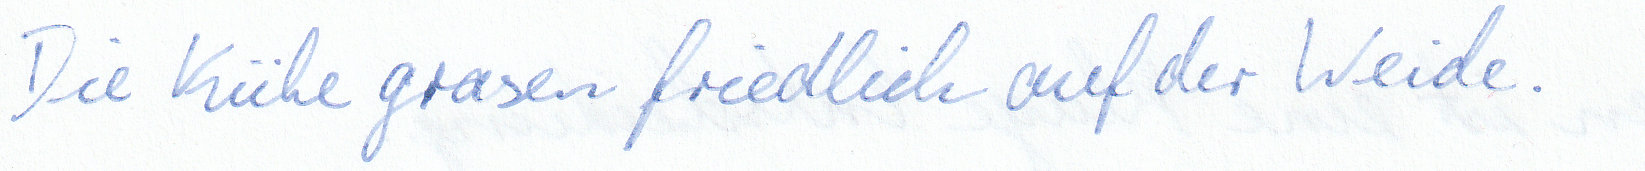
Die Kühe grasen friedlich auf der Weide.